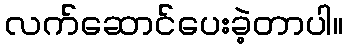
လက်ဆောင်ပေးခဲ့တာပါ။